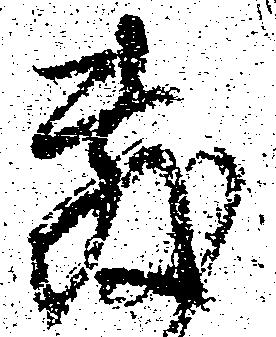
敷